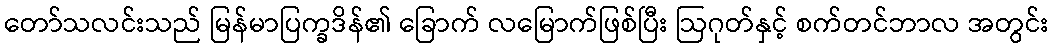
တော်သလင်းသည် မြန်မာပြက္ခဒိန်၏ ခြောက် လမြောက်ဖြစ်ပြီး ဩဂုတ်နှင့် စက်တင်ဘာလ အတွင်း